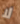
لا